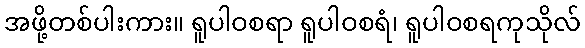
အဖို့တစ်ပါးကား။ ရူပါဝစရာ ရူပါဝစရံ၊ ရူပါဝစရကုသိုလ်